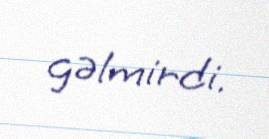
gəlmirdi.